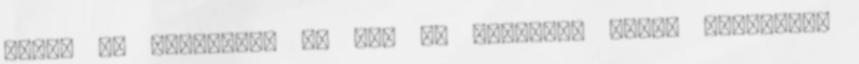
része az életének, az már az egyéntől függ. Valakinek